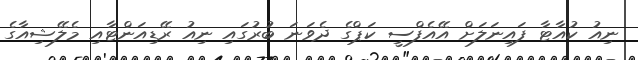
ނިއު ކުއާޓާ ފައިނަލަށް އޭއެފްސީ ކަޕްގެެ ދެވަނަ ބުރުގައި ނިއު ރޭޑިއަންޓާއި މެލޭޝިއާގެ